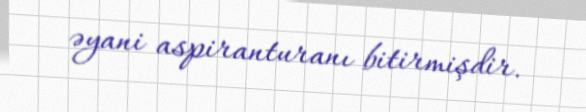
əyani aspiranturanı bitirmişdir.